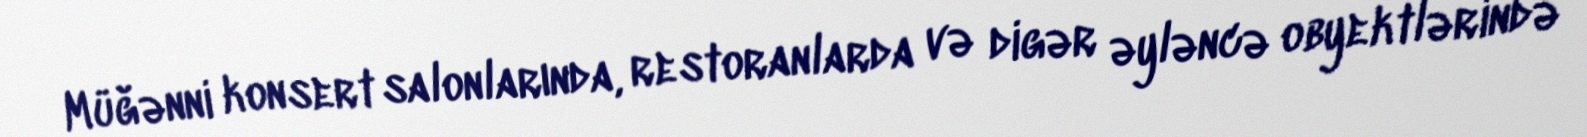
Müğənni konsert salonlarında, restoranlarda və digər əyləncə obyektlərində